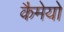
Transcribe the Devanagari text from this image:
कैमेयो